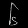
Digit: ၆